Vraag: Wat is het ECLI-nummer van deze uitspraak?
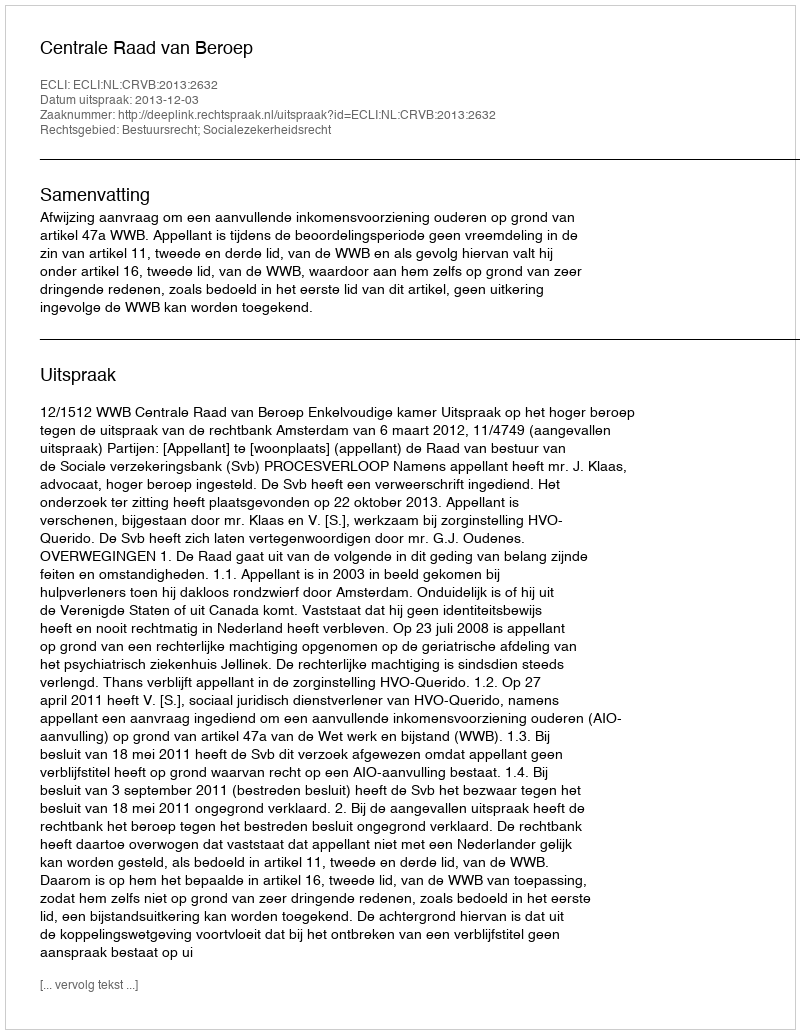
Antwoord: ECLI:NL:CRVB:2013:2632